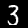
Digit: 3